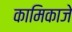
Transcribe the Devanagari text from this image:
कामिकाजे